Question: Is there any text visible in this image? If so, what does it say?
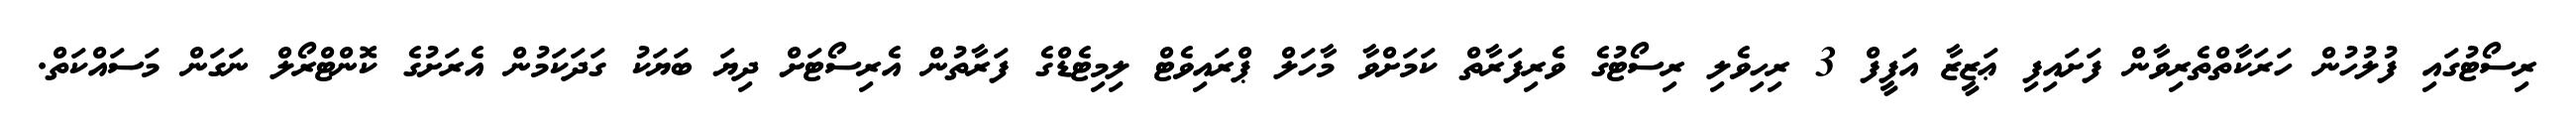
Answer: ރިސޯޓުގައި ފުލުހުން ހަރަކާތްތެރިވާން ފަށައިފި ޢަޒީޒާ އަފީފް 3 ރިހިވެލި ރިސޯޓުގެ ވެރިފަރާތް ކަމަށްވާ މާހަލް ޕްރައިވެޓް ލިމިޓެޑްގެ ފަރާތުން އެރިސޯޓަށް ދިޔަ ބަޔަކު ގަދަކަމުން އެރަށުގެ ކޮންޓްރޯލް ނަގަން މަސައްކަތް.